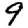
Digit: 9